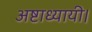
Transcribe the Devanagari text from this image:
अष्टाध्यायी।